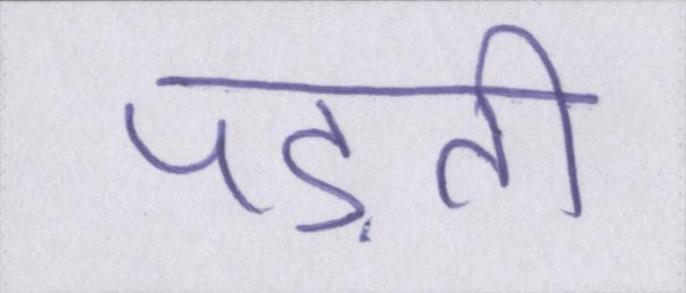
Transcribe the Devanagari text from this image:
पड़ती